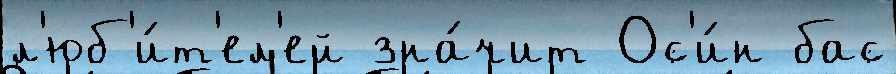
л'юб'и́т'ел'ей зна́чит Ос'и́н бас